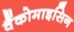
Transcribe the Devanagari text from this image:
वैंकोमाइसिन